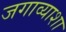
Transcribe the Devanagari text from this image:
जगाव्याशा